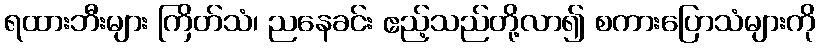
ရထားဘီးများ ကြိတ်သံ၊ ညနေခင်း ဧည့်သည်တို့လာ၍ စကားပြောသံများကို